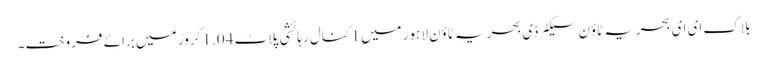
بلاک ای ای بحریہ ٹاؤن سیکٹرڈی بحریہ ٹاؤن لاہور میں 1 کنال رہائشی پلاٹ 1.04 کروڑ میں برائے فروخت۔